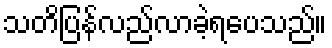
သတိပြန်လည်လာခဲ့ရပေသည်။